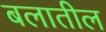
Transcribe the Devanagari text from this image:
बलातील